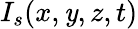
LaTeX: I_{s}(x,\mathit{y},z,t)